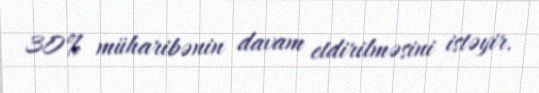
30% müharibənin davam etdirilməsini istəyir.